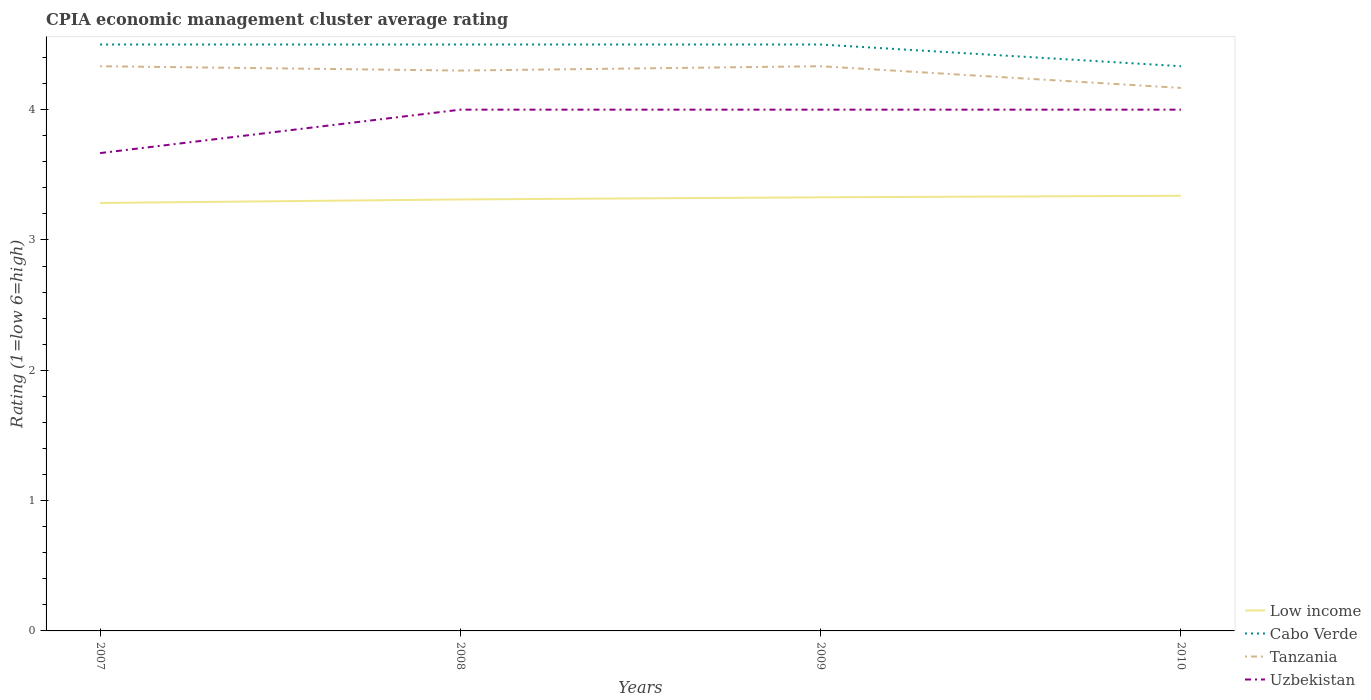
| Years | Low income | Cabo Verde | Tanzania | Uzbekistan |
 | --- | --- | --- | --- | --- |
 | 2007 | 3.28 | 4.5 | 4.33 | 3.67 |
 | 2008 | 3.31 | 4.5 | 4.3 | 4 |
 | 2009 | 3.33 | 4.5 | 4.33 | 4 |
 | 2010 | 3.34 | 4.33 | 4.17 | 4 |